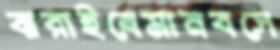
ঝরাইবেমানবসে